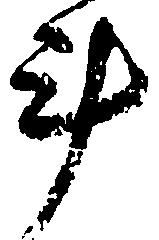
斗